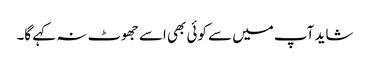
شاید آپ میں سے کوئی بھی اسے جھوٹ نہ کہے گا۔